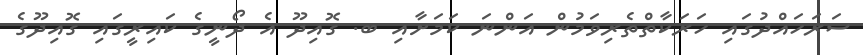
ސަރަހައްދުގައި ހަރަކާތްތެރިވަމުން އަންނަ ކަމަށާއި ބ. ގޮއިދޫ އެ ދޯނީގެ ކައިރީގައި ގޮއިދޫގެ